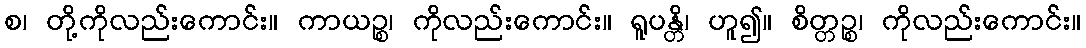
စ၊ တို့ကိုလည်းကောင်း။ ကာယဉ္စ၊ ကိုလည်းကောင်း။ ရူပန္တိ၊ ဟူ၍။ စိတ္တဉ္စ၊ ကိုလည်းကောင်း။